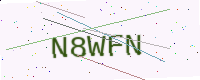
Text: N8WFN